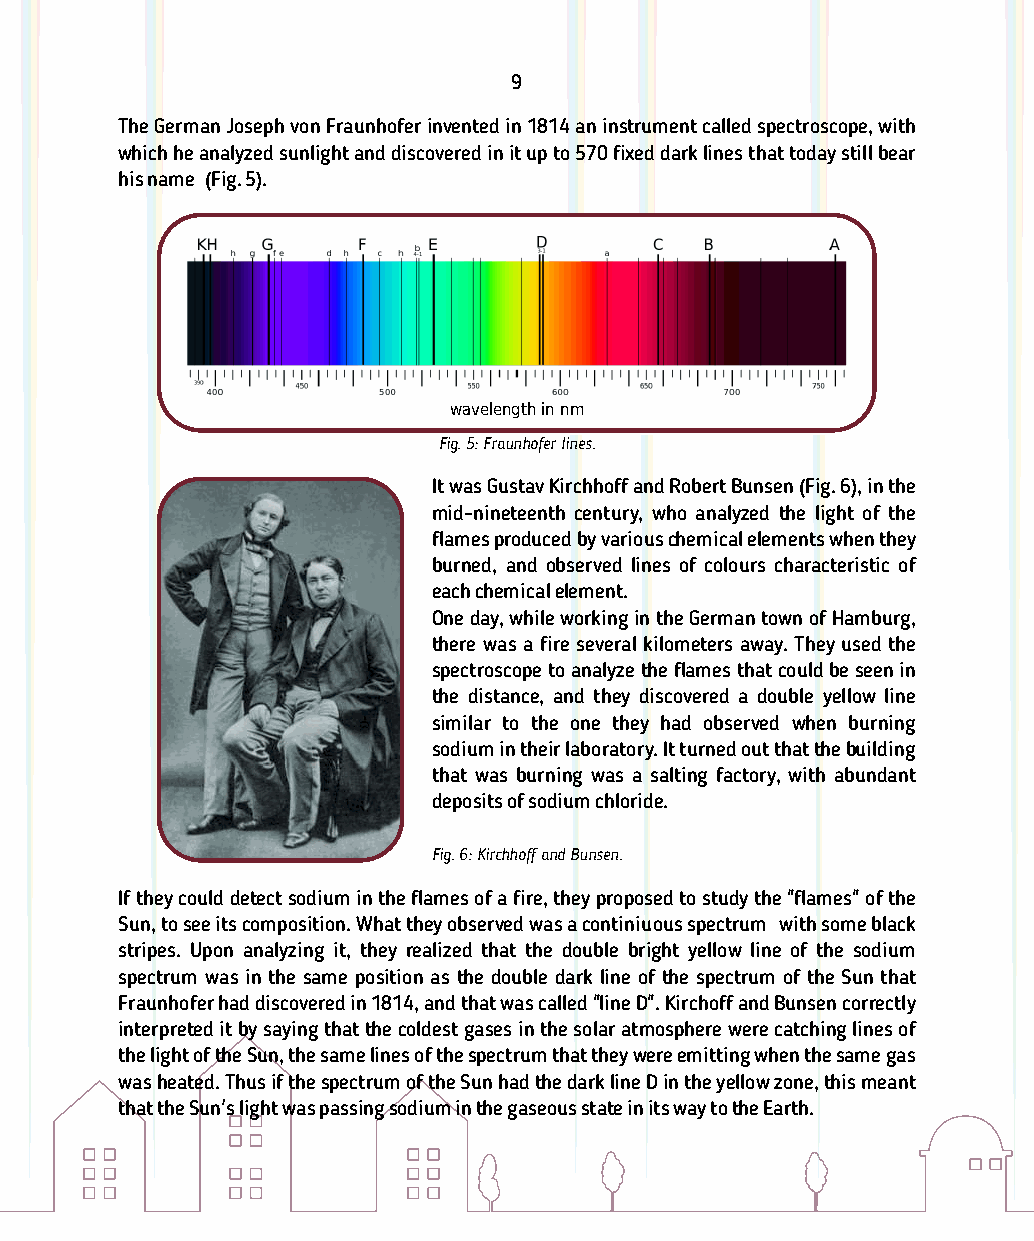
9
 The German Joseph von Fraunhofer invented in 1814 an instrument called spectroscope, with
 which he analyzed sunlight and discovered in it up to 570 xed dark lines that today still bear
 his name (Fig. 5).
 wavelength in nm
 Fig. 5: Fraunhofer lines.
 It was Gustav Kirchho and Robert Bunsen (Fig. 6), in the
 mid-nineteenth century, who analyzed the light of the
 ames produced by various chemical elements when they
 burned, and observed lines of colours characteristic of
 each chemical element.
 One day, while working in the German town of Hamburg,
 there was a re several kilometers away. They used the
 spectroscope to analyze the ames that could be seen in
 the distance, and they discovered a double yellow line
 similar to the one they had observed when burning
 sodium in their laboratory. It turned out that the building
 that was burning was a salting factory, with abundant
 deposits of sodium chloride.
 Fig. 6: Kirchho and Bunsen.
 If they could detect sodium in the ames of a re, they proposed to study the "ames" of the
 Sun, to see its composition. What they observed was a continiuous spectrum with some black
 stripes. Upon analyzing it, they realized that the double bright yellow line of the sodium
 spectrum was in the same position as the double dark line of the spectrum of the Sun that
 Fraunhofer had discovered in 1814, and that was called "line D". Kircho and Bunsen correctly
 interpreted it by saying that the coldest gases in the solar atmosphere were catching lines of
 the light of the Sun, the same lines of the spectrum that they were emitting when the same gas
 was heated. Thus if the spectrum of the Sun had the dark line D in the yellow zone, this meant
 that the Sun's light was passing sodium in the gaseous state in its way to the Earth.